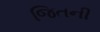
જિતની